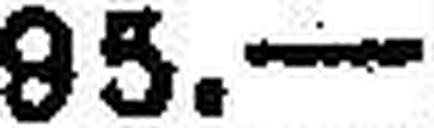
95.—